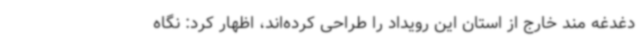
دغدغه مند خارج از استان این رویداد را طراحی کرده‌اند، اظهار کرد: نگاه